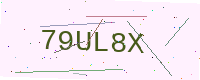
Text: 79UL8X